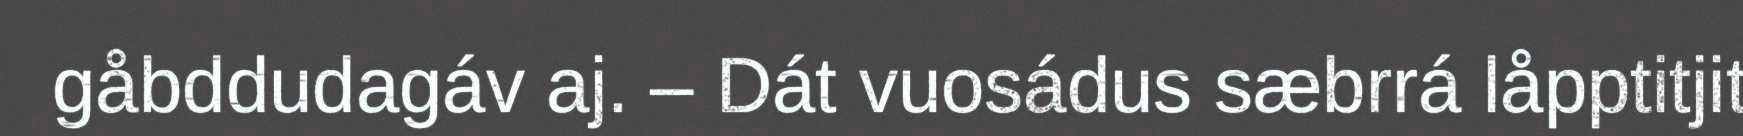
gåbddudagáv aj. – Dát vuosádus sæbrrá låpptitjit